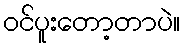
ဝင်ပူးတော့တာပဲ။